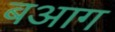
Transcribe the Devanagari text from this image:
बआग